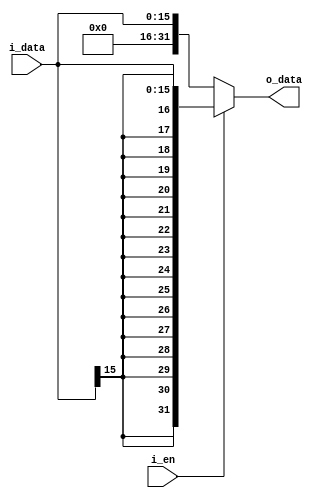
module signExtend(i_data,i_en,o_data);
parameter WISIGNEXTEND = 16;
parameter WOSIGNEXTEND = 32;

input   [WISIGNEXTEND-1 : 0]  		i_data;
input 								i_en;
output  [WOSIGNEXTEND-1 : 0]  	o_data;
	
assign o_data = i_en ? { {WISIGNEXTEND{i_data[WISIGNEXTEND-1]}} , i_data } : {16'b0,i_data};
endmodule